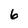
Character: 6